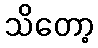
သိတော့